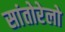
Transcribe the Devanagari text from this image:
सांतोरेलो